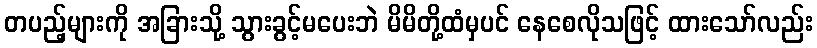
တပည့်များကို အခြားသို့ သွားခွင့်မပေးဘဲ မိမိတို့ထံမှပင် နေစေလိုသဖြင့် ထားသော်လည်း